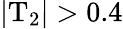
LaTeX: |\mathrm{T}_{2}|>0.4